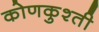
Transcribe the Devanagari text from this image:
कोणकुश्ती